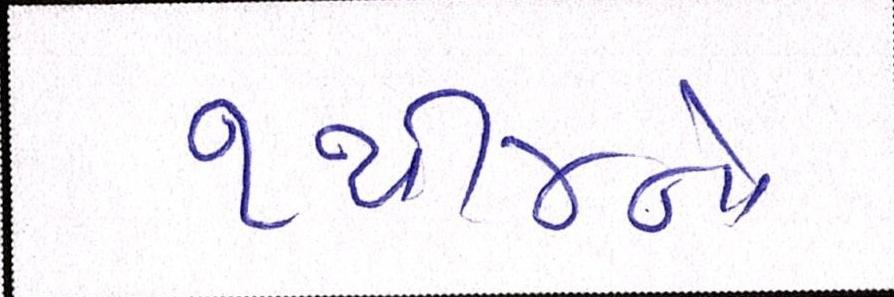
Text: ૧થી૪નો